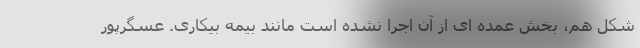
شکل هم، بخش عمده ای از آن اجرا نشده است مانند بیمه بیکاری. عسگرپور